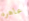
عاهره